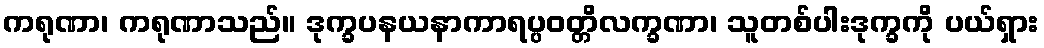
ကရုဏာ၊ ကရုဏာသည်။ ဒုက္ခပနယနာကာရပ္ပဝတ္တိလက္ခဏာ၊ သူတစ်ပါးဒုက္ခကို ပယ်ရှား